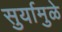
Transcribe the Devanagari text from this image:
सुर्यामुळे